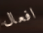
افعال